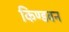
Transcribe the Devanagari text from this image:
किण्डवन